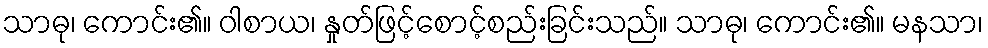
သာဓု၊ ကောင်း၏။ ဝါစာယ၊ နှုတ်ဖြင့်စောင့်စည်းခြင်းသည်။ သာဓု၊ ကောင်း၏။ မနသာ၊